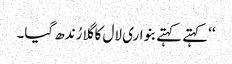
‘‘کہتے کہتے بنواری لال کا گلا رُندھ گیا۔